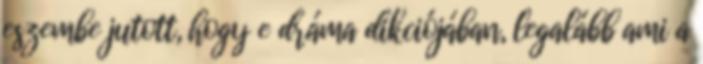
eszembe jutott, hogy e dráma dikciójában, legalább ami a